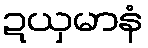
ဍယှမာနံ